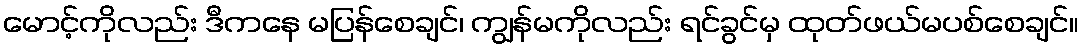
မောင့်ကိုလည်း ဒီကနေ မပြန်စေချင်၊ ကျွန်မကိုလည်း ရင်ခွင်မှ ထုတ်ဖယ်မပစ်စေချင်။